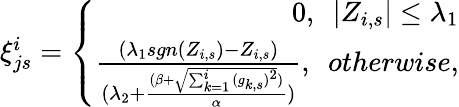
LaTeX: \begin{array}{r}{\xi_{js}^{i}=\left\{ \begin{array}{r}{0,\ \ |Z_{i,s}|\leq\lambda_{1}}\\ {\frac{(\lambda_{1}sgn\left(Z_{i,s}\right)-Z_{i,s})}{(\lambda_{2}+\frac{(\beta+\sqrt{\sum_{k=1}^{i}{(g_{k,s})}^{2}})}{\alpha})},\ \ otherwise,}\end{array}\right.}\end{array}